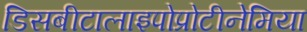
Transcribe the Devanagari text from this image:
डिसबीटालाइपोप्रोटीनेमिया